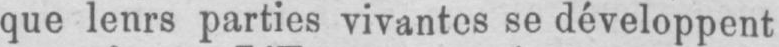
que lenrs parties vivantes se développent